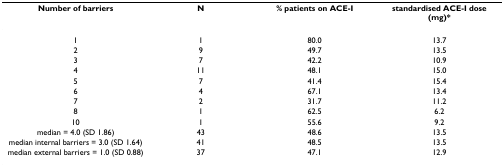
<table><thead><tr><td><b>Number of barriers</b></td><td><b>N</b></td><td><b>% patients on ACE-I</b></td><td><b>standardised ACE-I dose (mg)*</b></td></tr></thead><tbody><tr><td>1</td><td>1</td><td>80.0</td><td>13.7</td></tr><tr><td>2</td><td>9</td><td>49.7</td><td>13.5</td></tr><tr><td>3</td><td>7</td><td>42.2</td><td>10.9</td></tr><tr><td>4</td><td>11</td><td>48.1</td><td>15.0</td></tr><tr><td>5</td><td>7</td><td>41.4</td><td>15.4</td></tr><tr><td>6</td><td>4</td><td>67.1</td><td>13.4</td></tr><tr><td>7</td><td>2</td><td>31.7</td><td>11.2</td></tr><tr><td>8</td><td>1</td><td>62.5</td><td>6.2</td></tr><tr><td>10</td><td>1</td><td>55.6</td><td>9.2</td></tr><tr><td>median = 4.0 (SD 1.86)</td><td>43</td><td>48.6</td><td>13.5</td></tr><tr><td>median internal barriers = 3.0 (SD 1.64)</td><td>41</td><td>48.5</td><td>13.5</td></tr><tr><td>median external barriers = 1.0 (SD 0.88)</td><td>37</td><td>47.1</td><td>12.9</td></tr></tbody></table>